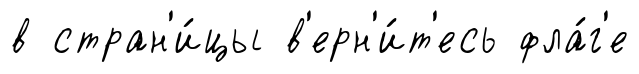
в стран'и́цы в'ерн'и́т'есь фла́г'е